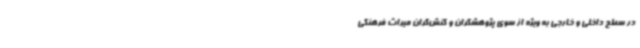
در سطح داخلی و خارجی به ویژه از سوی پژوهشگران و کنش‌گران میراث فرهنگی